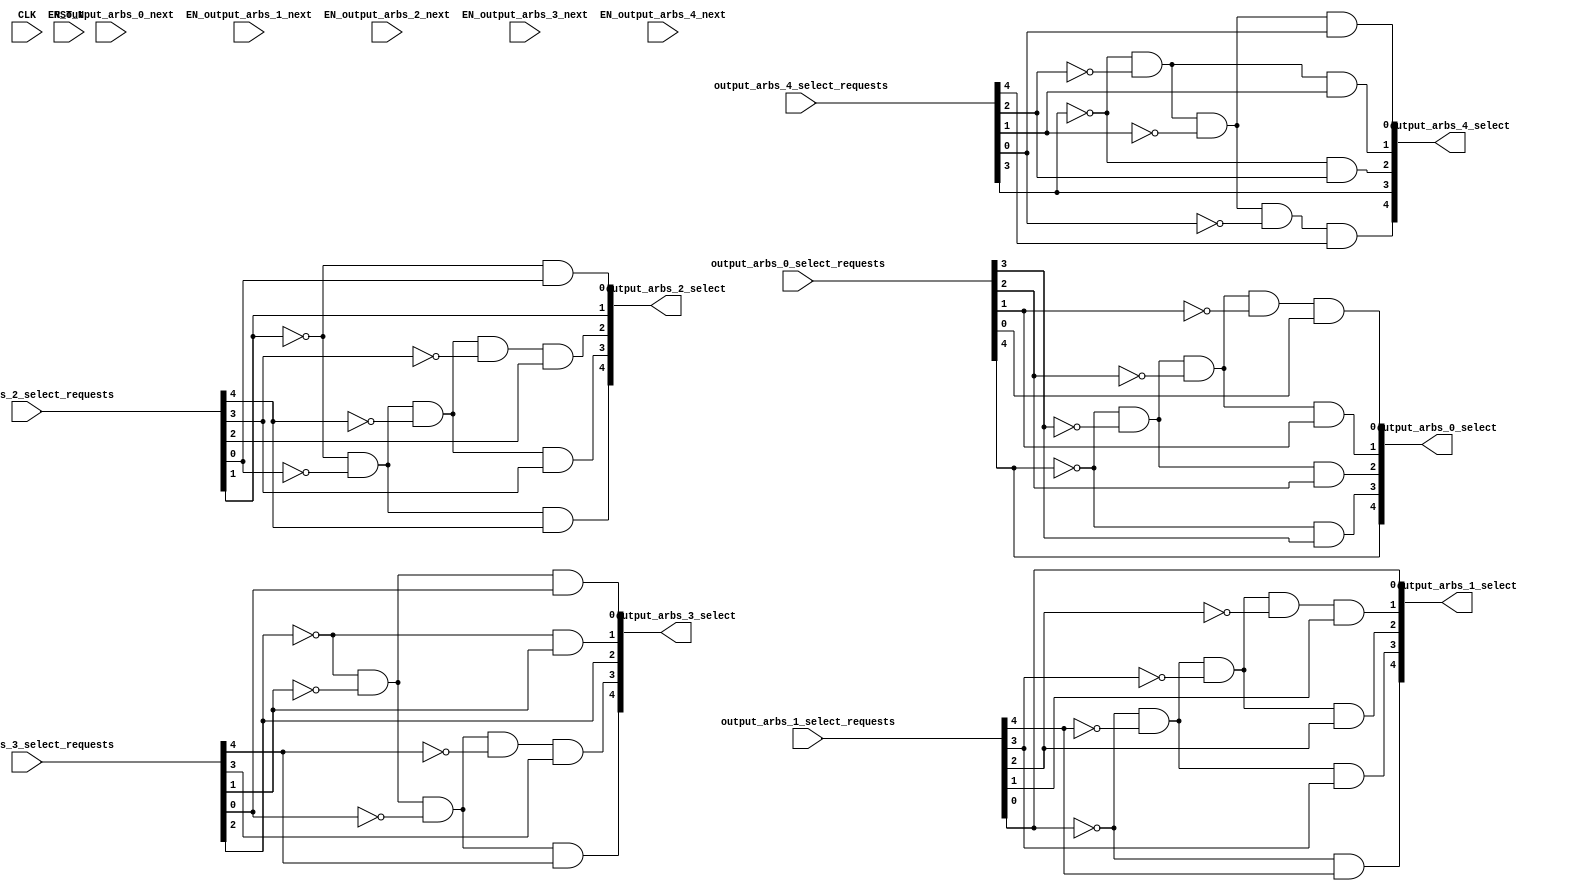



// Ports:
// Name                         I/O  size props
// output_arbs_0_select           O     5
// output_arbs_1_select           O     5
// output_arbs_2_select           O     5
// output_arbs_3_select           O     5
// output_arbs_4_select           O     5
// CLK                            I     1 unused
// RST_N                          I     1 unused
// output_arbs_0_select_requests  I     5
// output_arbs_1_select_requests  I     5
// output_arbs_2_select_requests  I     5
// output_arbs_3_select_requests  I     5
// output_arbs_4_select_requests  I     5
// EN_output_arbs_0_next          I     1 unused
// EN_output_arbs_1_next          I     1 unused
// EN_output_arbs_2_next          I     1 unused
// EN_output_arbs_3_next          I     1 unused
// EN_output_arbs_4_next          I     1 unused
//
// Combinational paths from inputs to outputs:
//   output_arbs_0_select_requests -> output_arbs_0_select
//   output_arbs_1_select_requests -> output_arbs_1_select
//   output_arbs_2_select_requests -> output_arbs_2_select
//   output_arbs_3_select_requests -> output_arbs_3_select
//   output_arbs_4_select_requests -> output_arbs_4_select
//
//

`ifdef BSV_ASSIGNMENT_DELAY
`else
`define BSV_ASSIGNMENT_DELAY
`endif

module OutputArbiter(CLK,
				    RST_N,

				    output_arbs_0_select_requests,
				    output_arbs_0_select,

				    EN_output_arbs_0_next,

				    output_arbs_1_select_requests,
				    output_arbs_1_select,

				    EN_output_arbs_1_next,

				    output_arbs_2_select_requests,
				    output_arbs_2_select,

				    EN_output_arbs_2_next,

				    output_arbs_3_select_requests,
				    output_arbs_3_select,

				    EN_output_arbs_3_next,

				    output_arbs_4_select_requests,
				    output_arbs_4_select,

				    EN_output_arbs_4_next);
  input  CLK;
  input  RST_N;

  // value method output_arbs_0_select
  input  [4 : 0] output_arbs_0_select_requests;
  output [4 : 0] output_arbs_0_select;

  // action method output_arbs_0_next
  input  EN_output_arbs_0_next;

  // value method output_arbs_1_select
  input  [4 : 0] output_arbs_1_select_requests;
  output [4 : 0] output_arbs_1_select;

  // action method output_arbs_1_next
  input  EN_output_arbs_1_next;

  // value method output_arbs_2_select
  input  [4 : 0] output_arbs_2_select_requests;
  output [4 : 0] output_arbs_2_select;

  // action method output_arbs_2_next
  input  EN_output_arbs_2_next;

  // value method output_arbs_3_select
  input  [4 : 0] output_arbs_3_select_requests;
  output [4 : 0] output_arbs_3_select;

  // action method output_arbs_3_next
  input  EN_output_arbs_3_next;

  // value method output_arbs_4_select
  input  [4 : 0] output_arbs_4_select_requests;
  output [4 : 0] output_arbs_4_select;

  // action method output_arbs_4_next
  input  EN_output_arbs_4_next;

  // signals for module outputs
  wire [4 : 0] output_arbs_0_select,
	       output_arbs_1_select,
	       output_arbs_2_select,
	       output_arbs_3_select,
	       output_arbs_4_select;

  // value method output_arbs_0_select
  assign output_arbs_0_select =
	     { output_arbs_0_select_requests[4],
	       !output_arbs_0_select_requests[4] &&
	       output_arbs_0_select_requests[3],
	       !output_arbs_0_select_requests[4] &&
	       !output_arbs_0_select_requests[3] &&
	       output_arbs_0_select_requests[2],
	       !output_arbs_0_select_requests[4] &&
	       !output_arbs_0_select_requests[3] &&
	       !output_arbs_0_select_requests[2] &&
	       output_arbs_0_select_requests[1],
	       !output_arbs_0_select_requests[4] &&
	       !output_arbs_0_select_requests[3] &&
	       !output_arbs_0_select_requests[2] &&
	       !output_arbs_0_select_requests[1] &&
	       output_arbs_0_select_requests[0] } ;

  // value method output_arbs_1_select
  assign output_arbs_1_select =
	     { !output_arbs_1_select_requests[0] &&
	       output_arbs_1_select_requests[4],
	       !output_arbs_1_select_requests[0] &&
	       !output_arbs_1_select_requests[4] &&
	       output_arbs_1_select_requests[3],
	       !output_arbs_1_select_requests[0] &&
	       !output_arbs_1_select_requests[4] &&
	       !output_arbs_1_select_requests[3] &&
	       output_arbs_1_select_requests[2],
	       !output_arbs_1_select_requests[0] &&
	       !output_arbs_1_select_requests[4] &&
	       !output_arbs_1_select_requests[3] &&
	       !output_arbs_1_select_requests[2] &&
	       output_arbs_1_select_requests[1],
	       output_arbs_1_select_requests[0] } ;

  // value method output_arbs_2_select
  assign output_arbs_2_select =
	     { !output_arbs_2_select_requests[1] &&
	       !output_arbs_2_select_requests[0] &&
	       output_arbs_2_select_requests[4],
	       !output_arbs_2_select_requests[1] &&
	       !output_arbs_2_select_requests[0] &&
	       !output_arbs_2_select_requests[4] &&
	       output_arbs_2_select_requests[3],
	       !output_arbs_2_select_requests[1] &&
	       !output_arbs_2_select_requests[0] &&
	       !output_arbs_2_select_requests[4] &&
	       !output_arbs_2_select_requests[3] &&
	       output_arbs_2_select_requests[2],
	       output_arbs_2_select_requests[1],
	       !output_arbs_2_select_requests[1] &&
	       output_arbs_2_select_requests[0] } ;

  // value method output_arbs_3_select
  assign output_arbs_3_select =
	     { !output_arbs_3_select_requests[2] &&
	       !output_arbs_3_select_requests[1] &&
	       !output_arbs_3_select_requests[0] &&
	       output_arbs_3_select_requests[4],
	       !output_arbs_3_select_requests[2] &&
	       !output_arbs_3_select_requests[1] &&
	       !output_arbs_3_select_requests[0] &&
	       !output_arbs_3_select_requests[4] &&
	       output_arbs_3_select_requests[3],
	       output_arbs_3_select_requests[2],
	       !output_arbs_3_select_requests[2] &&
	       output_arbs_3_select_requests[1],
	       !output_arbs_3_select_requests[2] &&
	       !output_arbs_3_select_requests[1] &&
	       output_arbs_3_select_requests[0] } ;

  // value method output_arbs_4_select
  assign output_arbs_4_select =
	     { !output_arbs_4_select_requests[3] &&
	       !output_arbs_4_select_requests[2] &&
	       !output_arbs_4_select_requests[1] &&
	       !output_arbs_4_select_requests[0] &&
	       output_arbs_4_select_requests[4],
	       output_arbs_4_select_requests[3],
	       !output_arbs_4_select_requests[3] &&
	       output_arbs_4_select_requests[2],
	       !output_arbs_4_select_requests[3] &&
	       !output_arbs_4_select_requests[2] &&
	       output_arbs_4_select_requests[1],
	       !output_arbs_4_select_requests[3] &&
	       !output_arbs_4_select_requests[2] &&
	       !output_arbs_4_select_requests[1] &&
	       output_arbs_4_select_requests[0] } ;
endmodule